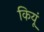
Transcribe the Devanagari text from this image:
कियूं